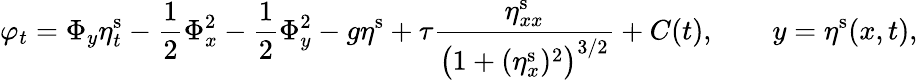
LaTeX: \varphi_{t}=\Phi_{y}\eta_{t}^{\mathrm{s}}-\frac{1}{2}\Phi_{x}^{2}-\frac{1}{2}\Phi_{y}^{2}-g\eta^{\mathrm{s}}+\tau\frac{\eta_{xx}^{\mathrm{s}}}{\big(1+(\eta_{x}^{\mathrm{s}})^{2}\big)^{3/2}}+C(t),\qquad y=\eta^{\mathrm{s}}(x,t),